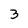
Character: 3